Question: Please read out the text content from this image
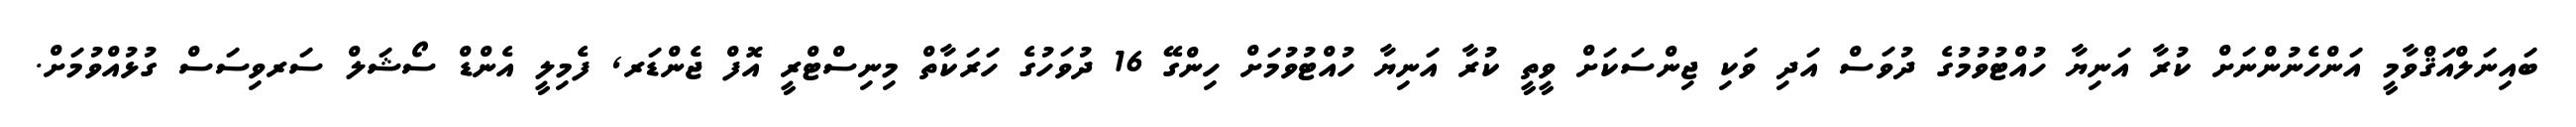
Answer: ބައިނަލްއަޤްވާމީ އަންހެނުންނަށް ކުރާ އަނިޔާ ހުއްޓުވުމުގެ ދުވަސް އަދި ވަކި ޖިންސަކަށް ވީތީ ކުރާ އަނިޔާ ހުއްޓުވުމަށް ހިންގޭ 16 ދުވަހުގެ ހަރަކާތް މިނިސްޓްރީ އޮފް ޖެންޑަރ, ފެމިލީ އެންޑް ސޯޝަލް ސަރވިސަސް ގުޅުއްވުމަށް.